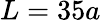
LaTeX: L=35a